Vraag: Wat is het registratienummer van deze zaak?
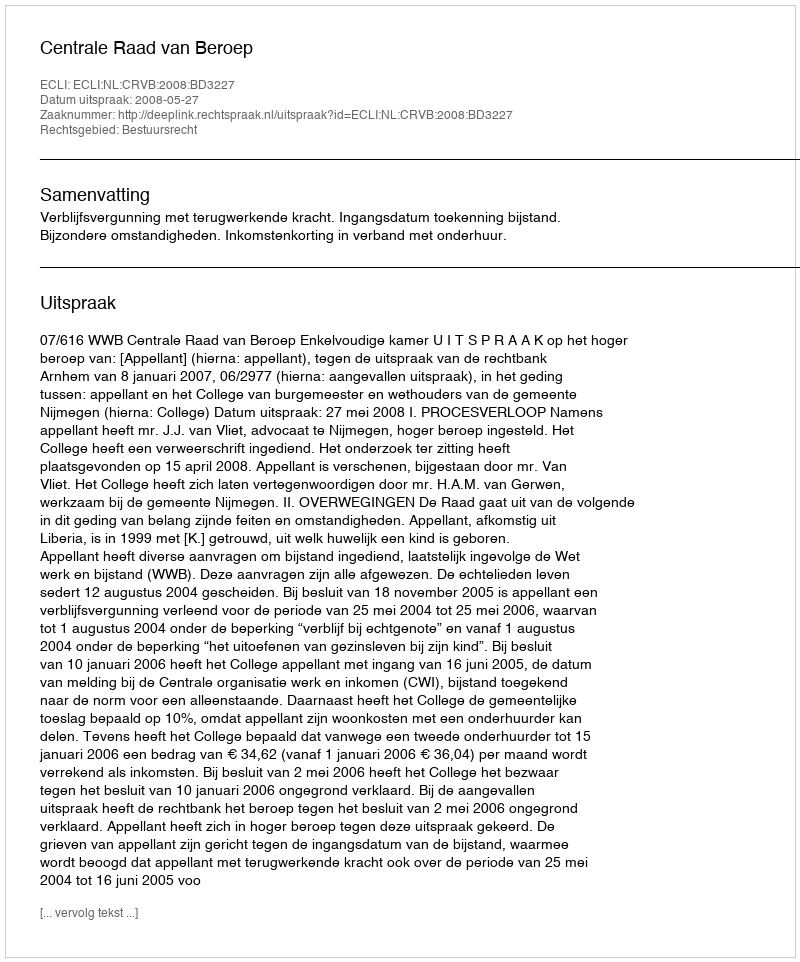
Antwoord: http://deeplink.rechtspraak.nl/uitspraak?id=ECLI:NL:CRVB:2008:BD3227